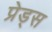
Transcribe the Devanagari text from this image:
प्रेड्स